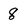
Character: 8